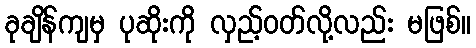
ခုချိန်ကျမှ ပုဆိုးကို လှည့်ဝတ်လို့လည်း မဖြစ်။